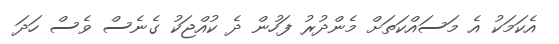
އެކަމަކު އެ މަސައްކަތަށް މެންދުރު ފަހުން ދެ ކުއްޖަކު ގެނެސް ވެސް ހަދަ